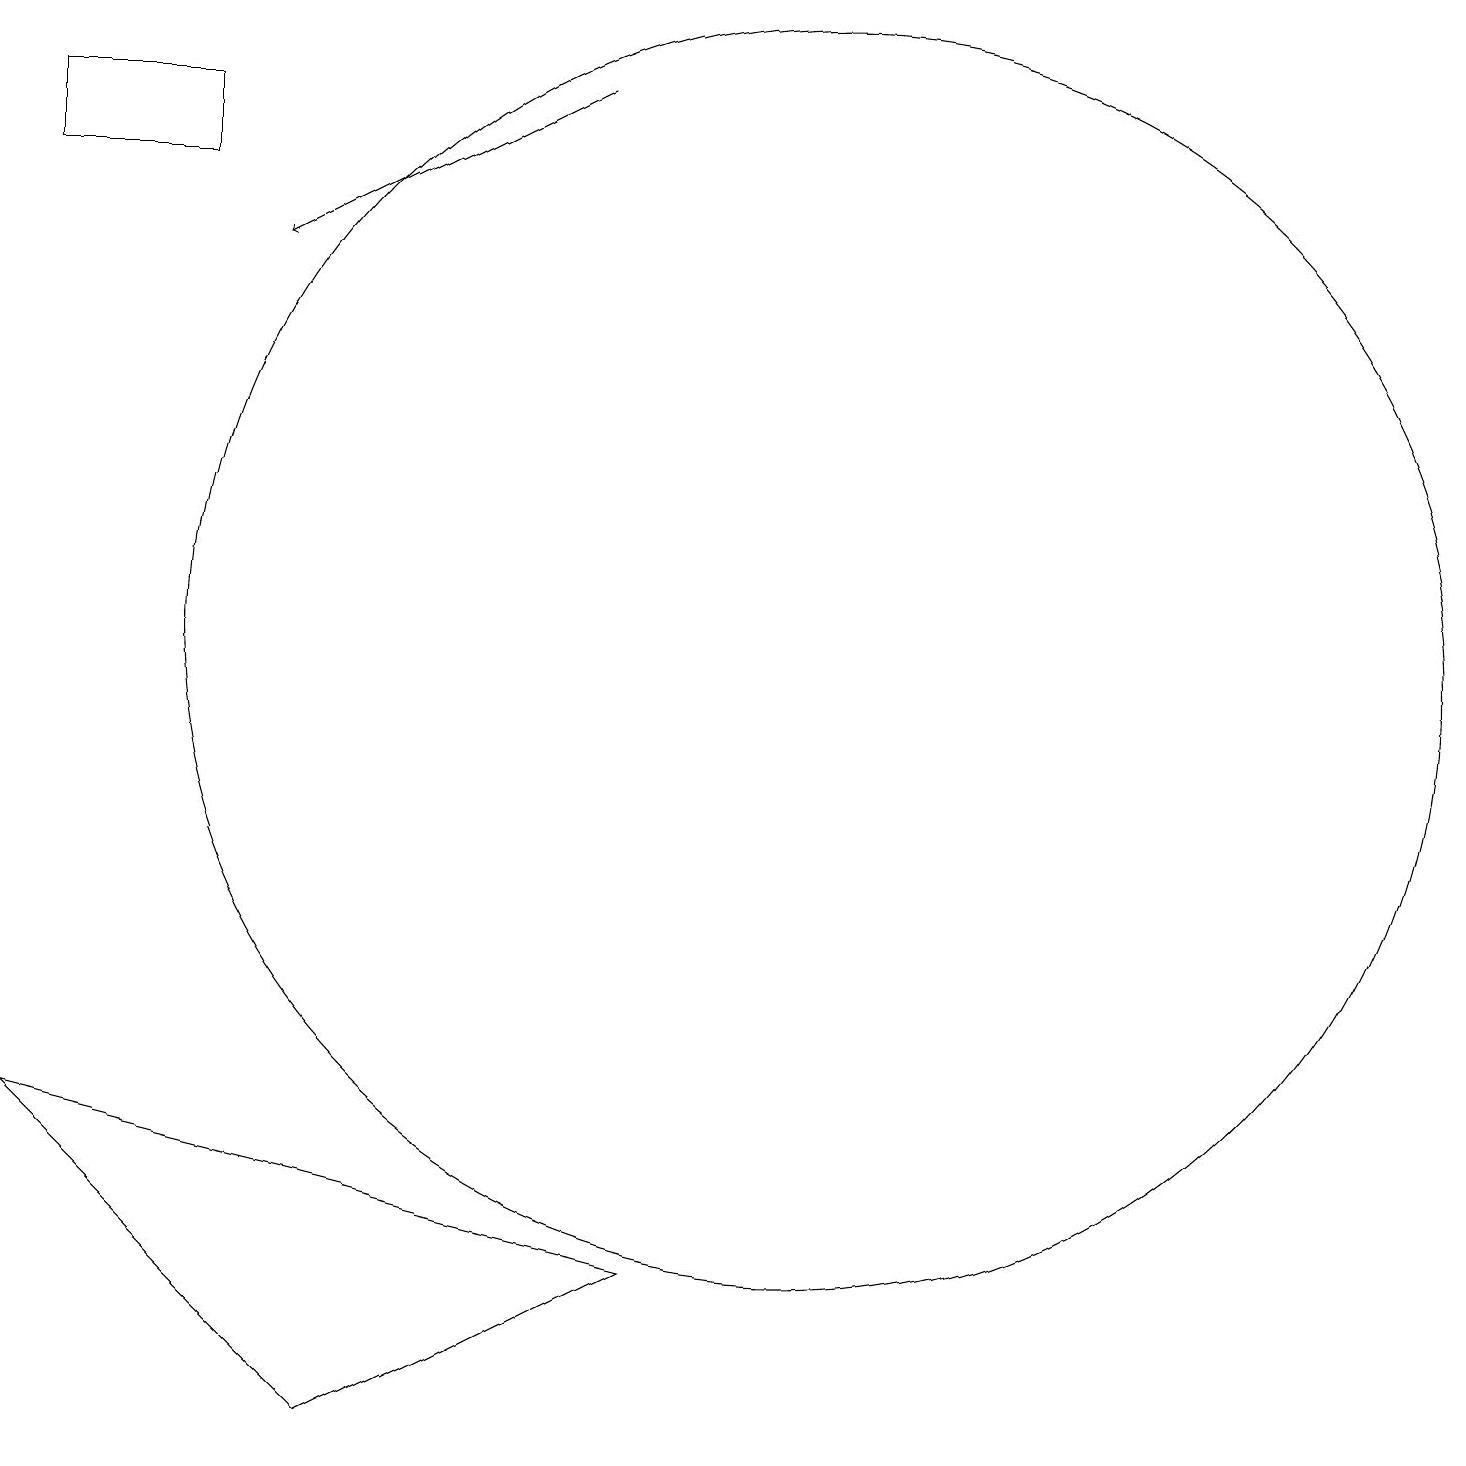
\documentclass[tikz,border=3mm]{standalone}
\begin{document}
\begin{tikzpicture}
\draw (0,5) -- (8,3) -- (4,1) -- cycle;
\draw (2,17) rectangle (0,18);
\draw (10,11) circle (8);
\draw[->] (7,18) -- (3,16);
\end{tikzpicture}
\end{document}